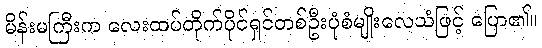
မိန်းမကြီးက လေးထပ်တိုက်ပိုင်ရှင်တစ်ဦးပုံစံမျိုးလေသံဖြင့် ပြော၏။